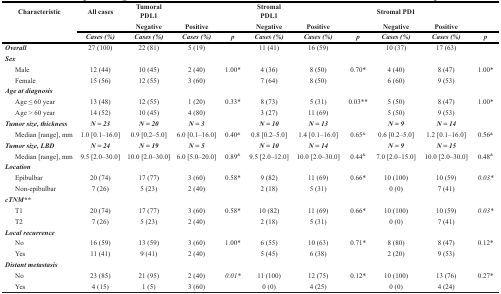
<table><thead><tr><td rowspan="3" colspan="2"><b>Characteristic</b></td><td rowspan="2"><b>All cases</b></td><td><b>Tumoral PDL1</b></td><td></td><td></td><td><b>Stromal PDL1</b></td><td></td><td></td><td><b>Stromal PD1</b></td><td></td><td></td></tr><tr><td><b>Negative</b></td><td><b>Positive</b></td><td></td><td><b>Negative</b></td><td><b>Positive</b></td><td></td><td><b>Negative</b></td><td><b>Positive</b></td><td></td></tr><tr><td><b>Cases (%)</b></td><td><b>Cases (%)</b></td><td><b>Cases (%)</b></td><td><b>p</b></td><td><b>Cases (%)</b></td><td><b>Cases (%)</b></td><td><b>p</b></td><td><b>Cases (%)</b></td><td><b>Cases (%)</b></td><td><b>p</b></td></tr></thead><tbody><tr><td colspan="2">Overall</td><td>27 (100)</td><td>22 (81)</td><td>5 (19)</td><td></td><td>11 (41)</td><td>16 (59)</td><td></td><td>10 (37)</td><td>17 (63)</td><td></td></tr><tr><td colspan="2">Sex</td><td></td><td></td><td></td><td></td><td></td><td></td><td></td><td></td><td></td><td></td></tr><tr><td></td><td>Male</td><td>12 (44)</td><td>10 (45)</td><td>2 (40)</td><td>1.00*</td><td>4 (36)</td><td>8 (50)</td><td>0.70*</td><td>4 (40)</td><td>8 (47)</td><td>1.00*</td></tr><tr><td></td><td>Female</td><td>15 (56)</td><td>12 (55)</td><td>3 (60)</td><td></td><td>7 (64)</td><td>8 (50)</td><td></td><td>6 (60)</td><td>9 (53)</td><td></td></tr><tr><td colspan="2">Age at diagnosis</td><td></td><td></td><td></td><td></td><td></td><td></td><td></td><td></td><td></td><td></td></tr><tr><td></td><td>Age ≤60 year</td><td>13 (48)</td><td>12 (55)</td><td>1 (20)</td><td>0.33*</td><td>8 (73)</td><td>5 (31)</td><td>0.03**</td><td>5 (50)</td><td>8 (47)</td><td>1.00*</td></tr><tr><td></td><td>Age &gt;60 year</td><td>14 (52)</td><td>10 (45)</td><td>4 (80)</td><td></td><td>3 (27)</td><td>11 (69)</td><td></td><td>5 (50)</td><td>9 (53)</td><td></td></tr><tr><td colspan="2">Tumor size, thickness</td><td>N=23</td><td>N=20</td><td>N=3</td><td></td><td>N=10</td><td>N=13</td><td></td><td>N=9</td><td>N=14</td><td></td></tr><tr><td></td><td>Median [range], mm</td><td>1.0 [0.1-16.0]</td><td>0.9 [0.2-5.0]</td><td>6.0 [0.1-16.0]</td><td>0.40<sup>&amp;</sup></td><td>0.8 [0.2-5.0]</td><td>1.4 [0.1-16.0]</td><td>0.65<sup>&amp;</sup></td><td>0.6 [0.2-5.0]</td><td>1.2 [0.1-16.0]</td><td>0.56<sup>&amp;</sup></td></tr><tr><td colspan="2">Tumor size, LBD</td><td>N=24</td><td>N=19</td><td>N=5</td><td></td><td>N=10</td><td>N=14</td><td></td><td>N=9</td><td>N=15</td><td></td></tr><tr><td></td><td>Median [range], mm</td><td>9.5 [2.0-30.0]</td><td>10.0 [2.0-30.0]</td><td>6.0 [5.0-20.0]</td><td>0.89<sup>&amp;</sup></td><td>9.5 [2.0-12.0]</td><td>10.0 [2.0-30.0]</td><td>0.44<sup>&amp;</sup></td><td>7.0 [2.0-15.0]</td><td>10.0 [2.0-30.0]</td><td>0.48<sup>&amp;</sup></td></tr><tr><td colspan="2">Location</td><td></td><td></td><td></td><td></td><td></td><td></td><td></td><td></td><td></td><td></td></tr><tr><td></td><td>Epibulbar</td><td>20 (74)</td><td>17 (77)</td><td>3 (60)</td><td>0.58*</td><td>9 (82)</td><td>11 (69)</td><td>0.66*</td><td>10 (100)</td><td>10 (59)</td><td>0.03*</td></tr><tr><td></td><td>Non-epibulbar</td><td>7 (26)</td><td>5 (23)</td><td>2 (40)</td><td></td><td>2 (18)</td><td>5 (31)</td><td></td><td>0 (0)</td><td>7 (41)</td><td></td></tr><tr><td colspan="2">cTNM**</td><td></td><td></td><td></td><td></td><td></td><td></td><td></td><td></td><td></td><td></td></tr><tr><td></td><td>T1</td><td>20 (74)</td><td>17 (77)</td><td>3 (60)</td><td>0.58*</td><td>10 (82)</td><td>11 (69)</td><td>0.66*</td><td>10 (100)</td><td>10 (59)</td><td>0.03*</td></tr><tr><td></td><td>T2</td><td>7 (26)</td><td>5 (23)</td><td>2 (40)</td><td></td><td>2 (18)</td><td>5 (31)</td><td></td><td>0 (0)</td><td>7 (41)</td><td></td></tr><tr><td colspan="2">Local recurrence</td><td></td><td></td><td></td><td></td><td></td><td></td><td></td><td></td><td></td><td></td></tr><tr><td></td><td>No</td><td>16 (59)</td><td>13 (59)</td><td>3 (60)</td><td>1.00*</td><td>6 (55)</td><td>10 (63)</td><td>0.71*</td><td>8 (80)</td><td>8 (47)</td><td>0.12*</td></tr><tr><td></td><td>Yes</td><td>11 (41)</td><td>9 (41)</td><td>2 (40)</td><td></td><td>5 (45)</td><td>6 (38)</td><td></td><td>2 (20)</td><td>9 (53)</td><td></td></tr><tr><td colspan="2">Distant metastasis</td><td></td><td></td><td></td><td></td><td></td><td></td><td></td><td></td><td></td><td></td></tr><tr><td></td><td>No</td><td>23 (85)</td><td>21 (95)</td><td>2 (40)</td><td>0.01*</td><td>11 (100)</td><td>12 (75)</td><td>0.12*</td><td>10 (100)</td><td>13 (76)</td><td>0.27*</td></tr><tr><td></td><td>Yes</td><td>4 (15)</td><td>1 (5)</td><td>3 (60)</td><td></td><td>0 (0)</td><td>4 (25)</td><td></td><td>0 (0)</td><td>4 (24)</td><td></td></tr></tbody></table>